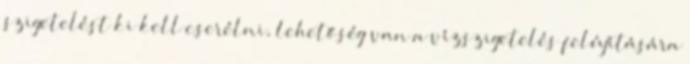
szigetelést ki kell cserélni, lehetőség van a vízszigetelés felújítására